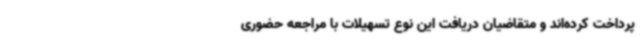
پرداخت کرده‌اند و متقاضیان دریافت این نوع تسهیلات با مراجعه حضوری